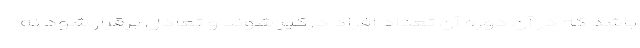
باشد که در آن دوره آن تعداد افراد درگیر شوند و تعادل برقرار شود نه